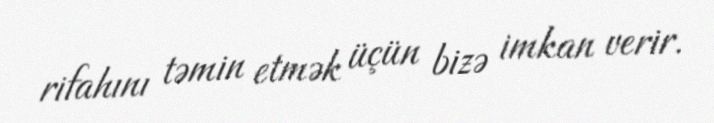
rifahını təmin etmək üçün bizə imkan verir.